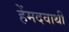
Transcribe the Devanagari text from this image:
हेंमदवाथी